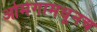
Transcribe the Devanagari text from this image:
ओमेगामधूनच